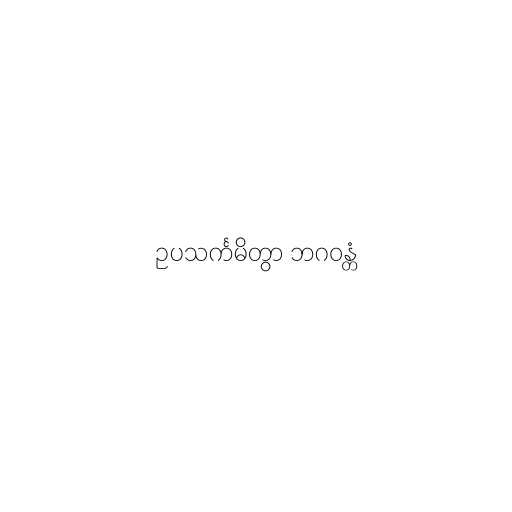
ဥပသင်္ကမိတွာ ဘဂဝန္တံ